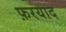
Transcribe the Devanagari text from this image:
फ़रयाद